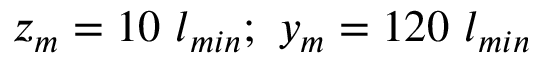
z _ { m } = 1 0 ~ l _ { m i n } ; ~ y _ { m } = 1 2 0 ~ l _ { m i n }